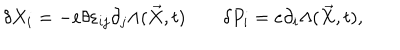
\delta X _ { i } = - e \theta \varepsilon _ { i j } \partial _ { j } \Lambda ( \overrightarrow { X } , t ) \qquad \delta P _ { i } = e \partial _ { i } \Lambda ( \overrightarrow { X } , t ) ,